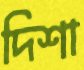
দিশা